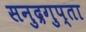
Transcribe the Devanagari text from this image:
सनुद्रगुप्ता